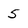
Character: 5